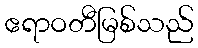
ဧရာဝတီမြစ်သည်